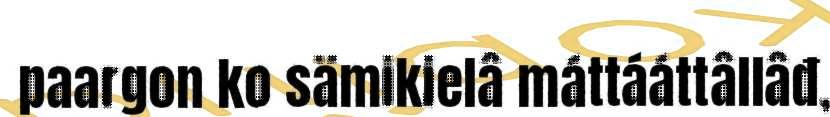
paargon ko sämikielâ máttááttâllâđ,